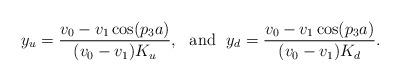
LaTeX: \begin{align*}y_{u}=\frac{v_{0}-v_{1}\cos(p_{3}a)}{(v_{0}-v_{1})K_{u}},~~\mbox{and}~~y_{d}=\frac{v_{0}-v_{1}\cos(p_{3}a)}{(v_{0}-v_{1})K_{d}}.\end{align*}